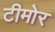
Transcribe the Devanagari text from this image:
टीमोर